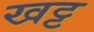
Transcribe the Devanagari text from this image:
खट्ट